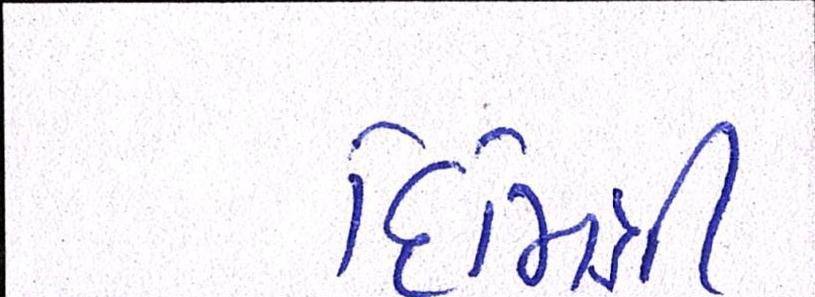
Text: દિમિત્રી